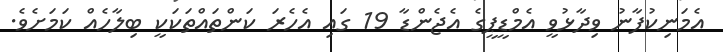
އެމަނިކުފާނު ވިދާޅުވީ އެމްޑީޕީގެ އެޖެންޑާ 19 ގައި އެހެރަ ކަންތައްތަކަކީ ބިލާހެއް ކަމަށެވެ.